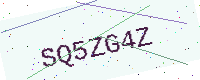
Text: SQ5ZG4Z